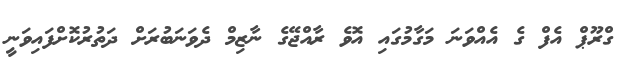
ގްރޫޕް އެފް ގެ އެއްވަނަ މަގާމުގައި އޮވެ ރާއްޖޭގެ ނާޒިމް ދެވަނަބުރަށް ދަތުރުކޮށްފައިވަނީ